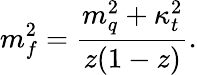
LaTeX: m_{f}^{2}=\frac{m_{q}^{2}+\kappa_{t}^{2}}{z(1-z)}.